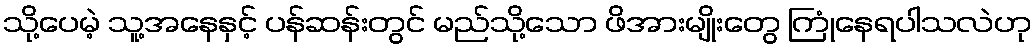
သို့ပေမဲ့ သူ့အနေနှင့် ပန်ဆန်းတွင် မည်သို့သော ဖိအားမျိုးတွေ ကြုံနေရပါသလဲဟု